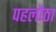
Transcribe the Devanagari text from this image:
पहलौठा